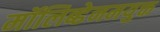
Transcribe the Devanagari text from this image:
मॉलिब्डेनमयुक्त